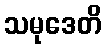
သမုဒေတိ